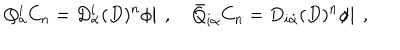
LaTeX: Q _ { a } ^ { i } C _ { n } = \left. D _ { \alpha } ^ { i } ( D ) ^ { n } { \phi } \right| \ , \quad { \bar { Q } } _ { i { \dot { \alpha } } } C _ { n } = \left. D _ { i { \dot { \alpha } } } ( D ) ^ { n } { \phi } \right| \ ,